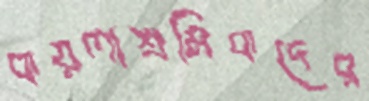
কয়লাশ্রমিকদের